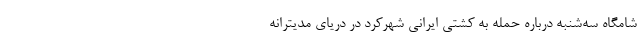
شامگاه سه‌شنبه درباره حمله به کشتی ایرانی شهرکرد در دریای مدیترانه